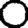
Digit: 0